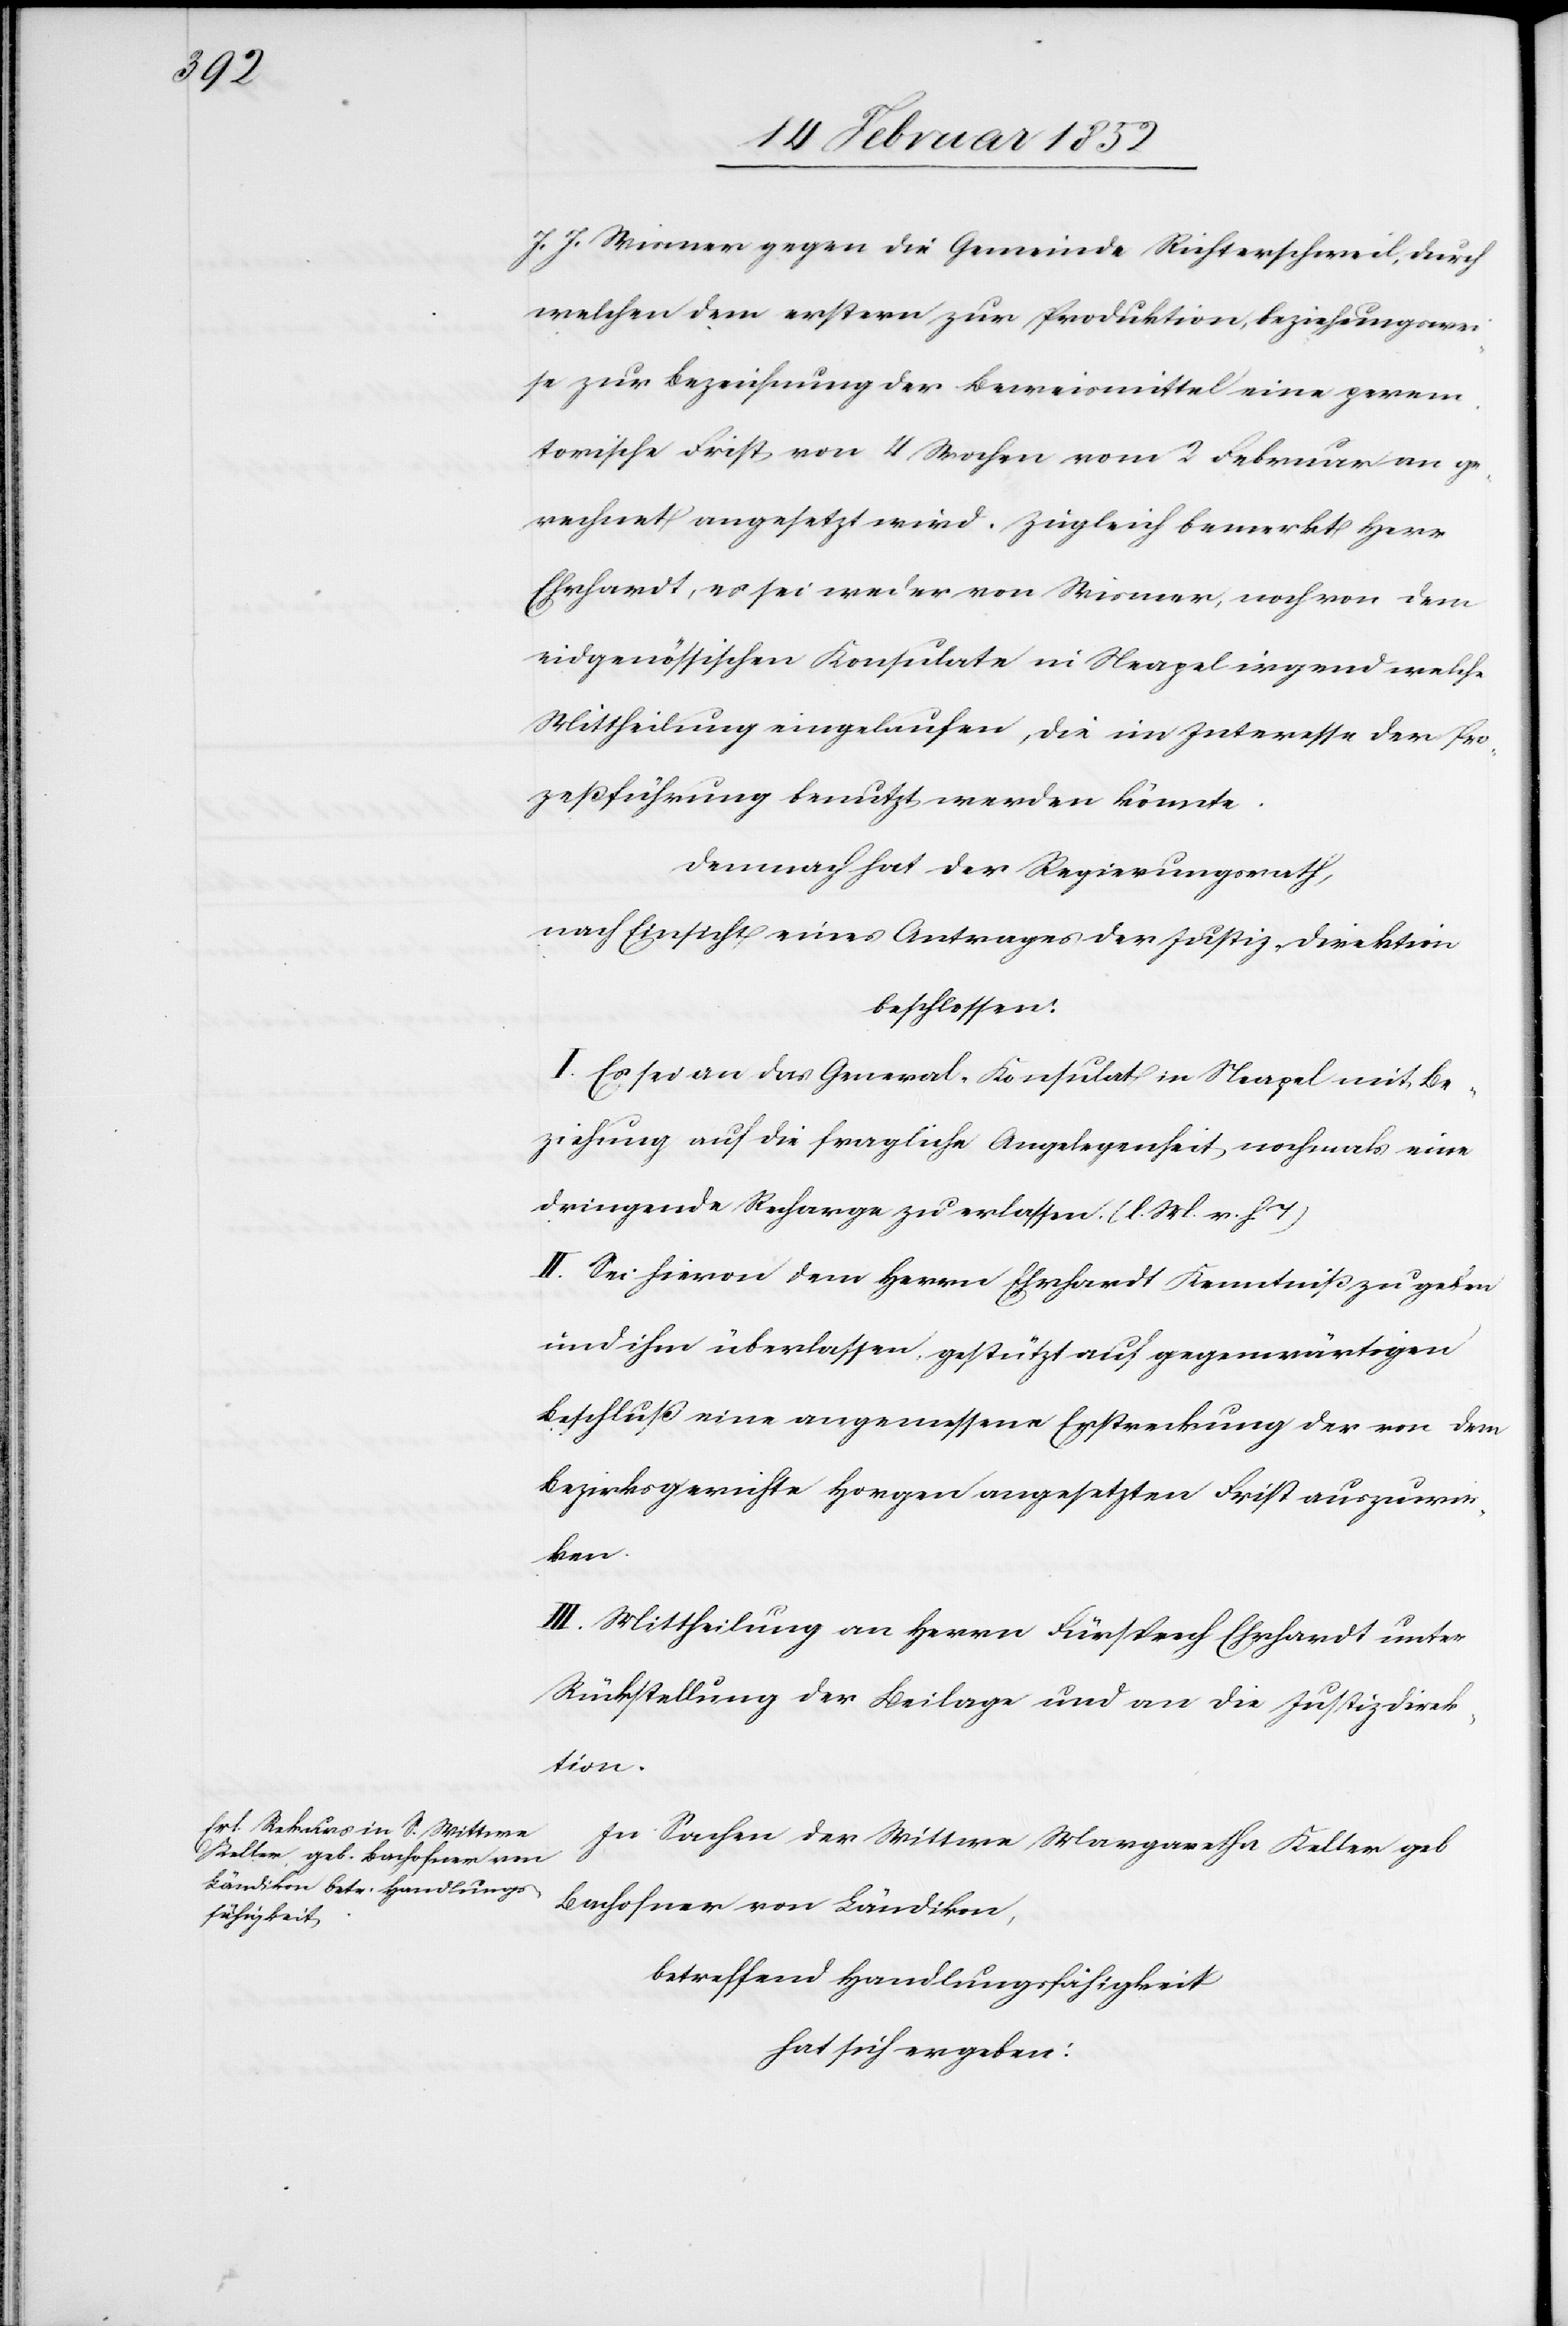
J. J. Winner gegen die Gemeinde Richterschweil, durch
welchen dem erstern zur Produktion, beziehungswei¬
se zur Beziehung der Beweismittel eine perem¬
torische Frist von 4 Wochen vom 2 Februar an ge¬
rechnet angesetzt wird. Zugleich bemerkt Herr
Ehrhardt, es sei weder von Winner, noch von dem
eidgenössischen Konsulate in Neapel irgend welche
Mittheilung eingelaufen, die im Interesse der Pro¬
zeßführung benutzt werden könnte.
Demnach hat der Regierungsrath,
nach Einsicht eines Antrages der Justiz-Direktion
beschlossen:
I. Es sei an das General-Konsulat in Neapel mit Be¬
ziehung auf die fragliche Angelegenheit nochmals eine
dringende Recharge zu erlassen. (l. M. v. h. T)
II. Sei hiervon dem Ehrhardt Kenntniß zu geben
und ihm überlassen, gestützt auf gegenwärtigen
Beschluß eine angemessene Erstreckung der von dem
Bezirksgerichte Horgen angesetzten Frist auszuwir¬
ken.
III. Mittheilung an Herrn Fürsprech Ehrhardt unter
Rückstellung der Beilage und an die Justizdirek¬
tion.
In Sachen der Wittwe Margaretha Keller geb
Bachofner von Ländikon,
betreffend Handlungsfähigkeit
hat sich ergeben: